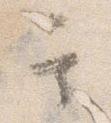
其